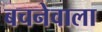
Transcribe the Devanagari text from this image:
बचनेवाला